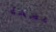
مضخة